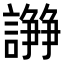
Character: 𧬦